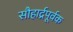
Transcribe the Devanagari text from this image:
सौहार्द्रपूर्वक